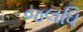
જલધિ